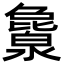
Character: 𬉖